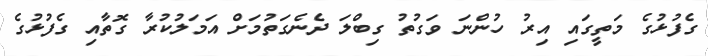
ގެފުޅުގެ މަތީގައި އިރު ހުންނަ ވަގުތު ގިބްލަ ދެނެގަތުމަށް އަމަލުކުރާ ގޮތާއި ގެފުޅުގެ